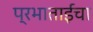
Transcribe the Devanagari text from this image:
प्रभाताईंचा